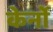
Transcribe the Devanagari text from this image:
केर्नो